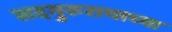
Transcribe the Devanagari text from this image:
सदगुरुरायाच्या